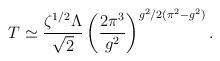
LaTeX: \begin{align*} T \simeq \frac{\zeta^{1/2}\Lambda}{\sqrt{2}}\left(\frac{2\pi^3}{g^2}\right)^{g^2/2(\pi^2 - g^2)}.\end{align*}